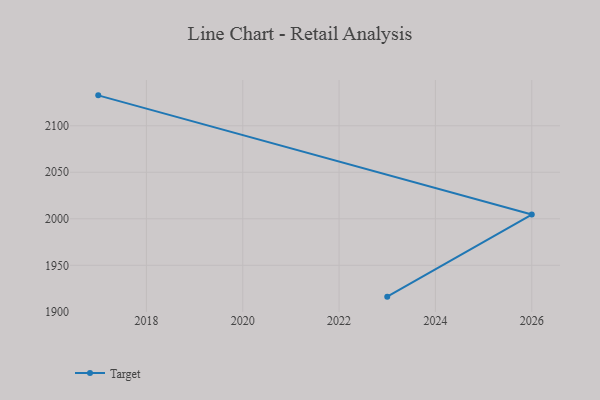
{"axis": {"x": "Year", "y": "Production Output"}, "legend": ["Target"], "data": [{"x": "2023", "y": 1916.3, "type": "Target"}, {"x": "2026", "y": 2004.6, "type": "Target"}, {"x": "2017", "y": 2132.7, "type": "Target"}]}